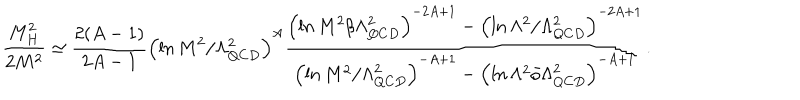
\frac { M _ { H } ^ { 2 } } { 2 M ^ { 2 } } \simeq \frac { 2 ( A - 1 ) } { 2 A - 1 } \left( \ln M ^ { 2 } / \Lambda _ { Q C D } ^ { 2 } \right) ^ { A } \frac { \left( \ln M ^ { 2 } / \Lambda _ { Q C D } ^ { 2 } \right) ^ { - 2 A + 1 } - \left( \ln \Lambda ^ { 2 } / \Lambda _ { Q C D } ^ { 2 } \right) ^ { - 2 A + 1 } } { \left( \ln M ^ { 2 } / \Lambda _ { Q C D } ^ { 2 } \right) ^ { - A + 1 } - \left( \ln \Lambda ^ { 2 } / \Lambda _ { Q C D } ^ { 2 } \right) ^ { - A + 1 } } .